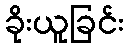
ခိုးယူခြင်း